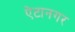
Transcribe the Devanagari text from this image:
ऐटानगर